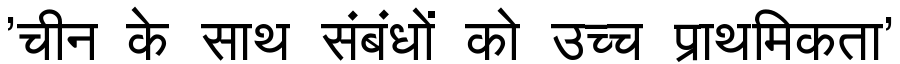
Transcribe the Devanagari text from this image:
'चीन के साथ संबंधों को उच्च प्राथमिकता'